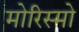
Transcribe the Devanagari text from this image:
मोरिस्मो